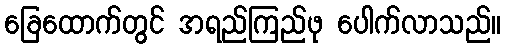
ခြေထောက်တွင် အရည်ကြည်ဖု ပေါက်လာသည်။